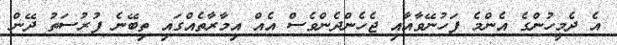
އެ ދެމީހުންގެ އެންމެ ފަހުނޭވާއާއި ޖެހެންދެންވެސް އެއް އިމާރާތެއްގައި ތިބޭނެ ފުރުސަތު ދޭން